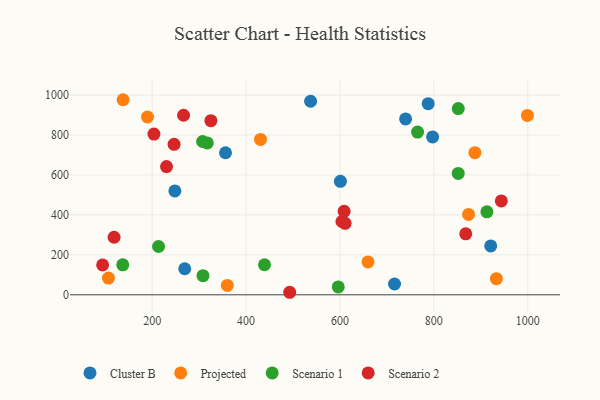
{"axis": {"x": "Experience", "y": "Demand"}, "legend": ["Cluster B", "Projected", "Scenario 1", "Scenario 2"], "data": [{"x": "716.3", "y": 54.0, "type": "Cluster B"}, {"x": "788.0", "y": 956.5, "type": "Cluster B"}, {"x": "269.4", "y": 130.4, "type": "Cluster B"}, {"x": "248.4", "y": 519.8, "type": "Cluster B"}, {"x": "601.0", "y": 567.9, "type": "Cluster B"}, {"x": "739.9", "y": 880.4, "type": "Cluster B"}, {"x": "797.4", "y": 790.1, "type": "Cluster B"}, {"x": "921.2", "y": 244.6, "type": "Cluster B"}, {"x": "356.3", "y": 711.1, "type": "Cluster B"}, {"x": "537.5", "y": 968.8, "type": "Cluster B"}, {"x": "138.0", "y": 976.4, "type": "Projected"}, {"x": "874.0", "y": 402.2, "type": "Projected"}, {"x": "190.1", "y": 890.0, "type": "Projected"}, {"x": "999.3", "y": 898.0, "type": "Projected"}, {"x": "430.8", "y": 777.6, "type": "Projected"}, {"x": "933.3", "y": 80.8, "type": "Projected"}, {"x": "106.9", "y": 83.6, "type": "Projected"}, {"x": "659.8", "y": 164.8, "type": "Projected"}, {"x": "887.5", "y": 711.2, "type": "Projected"}, {"x": "360.1", "y": 46.9, "type": "Projected"}, {"x": "765.4", "y": 814.5, "type": "Scenario 1"}, {"x": "308.3", "y": 95.9, "type": "Scenario 1"}, {"x": "137.4", "y": 150.1, "type": "Scenario 1"}, {"x": "317.5", "y": 760.4, "type": "Scenario 1"}, {"x": "439.3", "y": 150.5, "type": "Scenario 1"}, {"x": "596.4", "y": 39.7, "type": "Scenario 1"}, {"x": "213.6", "y": 241.9, "type": "Scenario 1"}, {"x": "307.4", "y": 767.3, "type": "Scenario 1"}, {"x": "852.1", "y": 932.0, "type": "Scenario 1"}, {"x": "852.0", "y": 607.6, "type": "Scenario 1"}, {"x": "913.1", "y": 415.2, "type": "Scenario 1"}, {"x": "118.9", "y": 288.2, "type": "Scenario 2"}, {"x": "266.9", "y": 898.6, "type": "Scenario 2"}, {"x": "325.1", "y": 871.3, "type": "Scenario 2"}, {"x": "868.0", "y": 305.3, "type": "Scenario 2"}, {"x": "493.0", "y": 12.7, "type": "Scenario 2"}, {"x": "230.6", "y": 641.7, "type": "Scenario 2"}, {"x": "94.5", "y": 149.6, "type": "Scenario 2"}, {"x": "604.2", "y": 367.0, "type": "Scenario 2"}, {"x": "608.9", "y": 417.6, "type": "Scenario 2"}, {"x": "203.8", "y": 804.3, "type": "Scenario 2"}, {"x": "943.8", "y": 469.9, "type": "Scenario 2"}, {"x": "246.7", "y": 753.2, "type": "Scenario 2"}, {"x": "611.0", "y": 358.0, "type": "Scenario 2"}]}